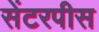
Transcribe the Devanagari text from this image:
सेंटरपीस